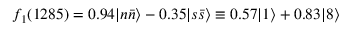
f _ { 1 } ( 1 2 8 5 ) = 0 . 9 4 | n \bar { n } \rangle - 0 . 3 5 | s \bar { s } \rangle \equiv 0 . 5 7 | 1 \rangle + 0 . 8 3 | 8 \rangle